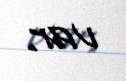
var.